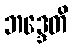
ဘဒ္ဒေတိ